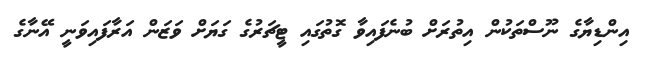
އިންޑިޔާގެ ނޫސްތަކުން އިތުރަށް ބުނެފައިވާ ގޮތުގައި ޓީޗަރުގެ ގަޔަށް ވަޒަން އަރާފައިވަނީ އޭނާގެ